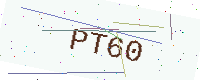
Text: PT60